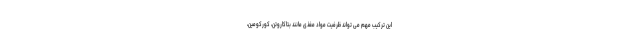
این ترکیب مهم می تواند ظرفیت مواد مغذی مانند بتاکاروتن، کورکومین،